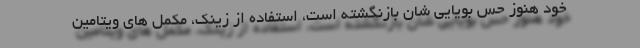
خود هنوز حس بویایی شان بازنگشته است، استفاده از زینک، مکمل های ویتامین